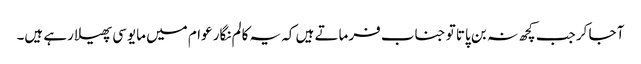
آ جا کر جب کچھ نہ بن پاتا تو جناب فرماتے ہیں کہ یہ کالم نگار عوام میں مایوسی پھیلا رہے ہیں۔